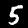
Label: 5